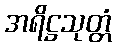
အရိဋ္ဌသုတ္တံ